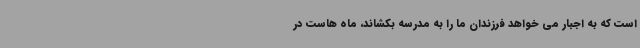
است که به اجبار می خواهد فرزندان ما را به مدرسه بکشاند، ماه هاست در